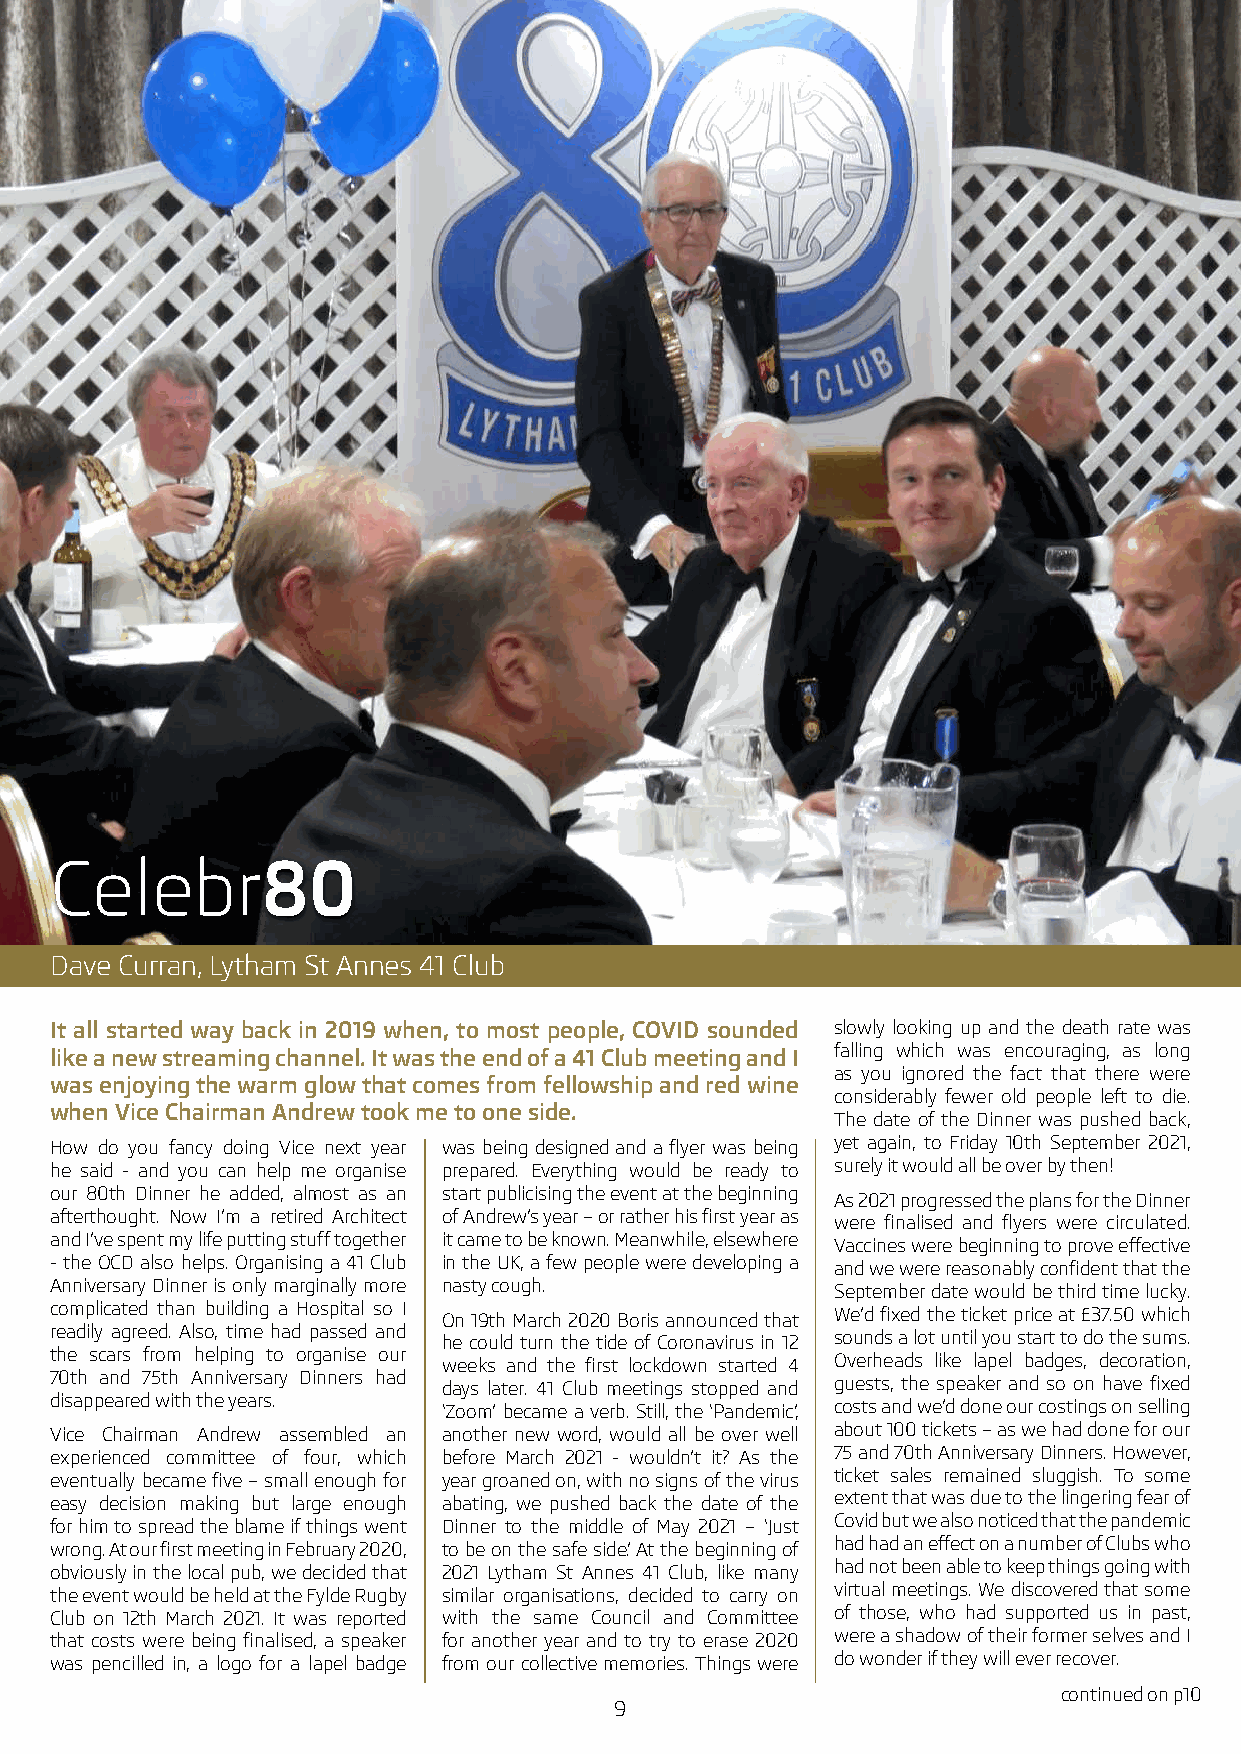
Celebr80
 Dave Curran, Lytham St Annes 41 Club
 It all started way back in 2019 when, to most people, COVID sounded slowly looking up and the death rate was
 like a new streaming channel. It was the end of a 41 Club meeting and I falling which was encouraging, as long
 as you ignored the fact that there were
 was enjoying the warm glow that comes from fellowship and red wine
 considerably fewer old people left to die.
 when Vice Chairman Andrew took me to one side.
 The date of the Dinner was pushed back,
 How do you fancy doing Vice next year was being designed and a flyer was being yet again, to Friday 10th September 2021,
 he said - and you can help me organise prepared. Everything would be ready to surely it would all be over by then!
 our 80th Dinner he added, almost as an start publicising the event at the beginning
 As 2021 progressed the plans for the Dinner
 afterthought. Now I’m a retired Architect of Andrew’s year – or rather his first year as
 were finalised and flyers were circulated.
 and I’ve spent my life putting stuff together it came to be known. Meanwhile, elsewhere
 Vaccines were beginning to prove effective
 - the OCD also helps. Organising a 41 Club in the UK, a few people were developing a
 and we were reasonably confident that the
 Anniversary Dinner is only marginally more nasty cough.
 September date would be third time lucky.
 complicated than building a Hospital so I
 On 19th March 2020 Boris announced that We’d fixed the ticket price at £37.50 which
 readily agreed. Also, time had passed and
 he could turn the tide of Coronavirus in 12 sounds a lot until you start to do the sums.
 the scars from helping to organise our
 weeks and the first lockdown started 4 Overheads like lapel badges, decoration,
 70th and 75th Anniversary Dinners had
 days later. 41 Club meetings stopped and guests, the speaker and so on have fixed
 disappeared with the years.
 ‘Zoom’ became a verb. Still, the ‘Pandemic’, costs and we’d done our costings on selling
 Vice Chairman Andrew assembled an another new word, would all be over well about 100 tickets – as we had done for our
 experienced committee of four, which before March 2021 - wouldn’t it? As the 75 and 70th Anniversary Dinners. However,
 eventually became five – small enough for year groaned on, with no signs of the virus ticket sales remained sluggish. To some
 easy decision making but large enough abating, we pushed back the date of the extent that was due to the lingering fear of
 for him to spread the blame if things went Dinner to the middle of May 2021 – ‘Just Covid but we also noticed that the pandemic
 wrong. At our first meeting in February 2020, to be on the safe side’. At the beginning of had had an effect on a number of Clubs who
 obviously in the local pub, we decided that 2021 Lytham St Annes 41 Club, like many had not been able to keep things going with
 the event would be held at the Fylde Rugby similar organisations, decided to carry on virtual meetings. We discovered that some
 Club on 12th March 2021. It was reported with the same Council and Committee of those, who had supported us in past,
 that costs were being finalised, a speaker for another year and to try to erase 2020 were a shadow of their former selves and I
 was pencilled in, a logo for a lapel badge from our collective memories. Things were do wonder if they will ever recover.
 continued on p10
 9